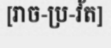
[រាច-ប្រ-វ័ត]